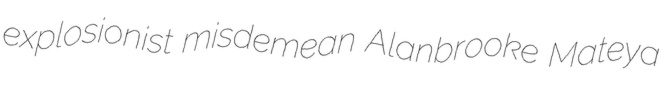
explosionist misdemean Alanbrooke Mateya